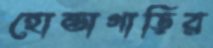
হোন্ডাগাড়ির